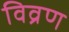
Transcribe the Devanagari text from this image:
विव्रण